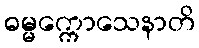
ဓမ္မက္ကောသေနာတိ